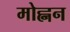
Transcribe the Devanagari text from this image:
मोह्नन